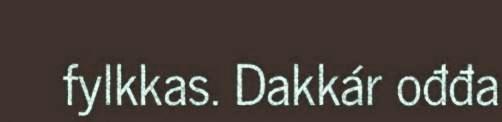
fylkkas. Dakkár ođđa